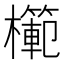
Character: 𭬣